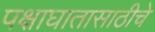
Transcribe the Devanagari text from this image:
पक्षाघातासाठीचे